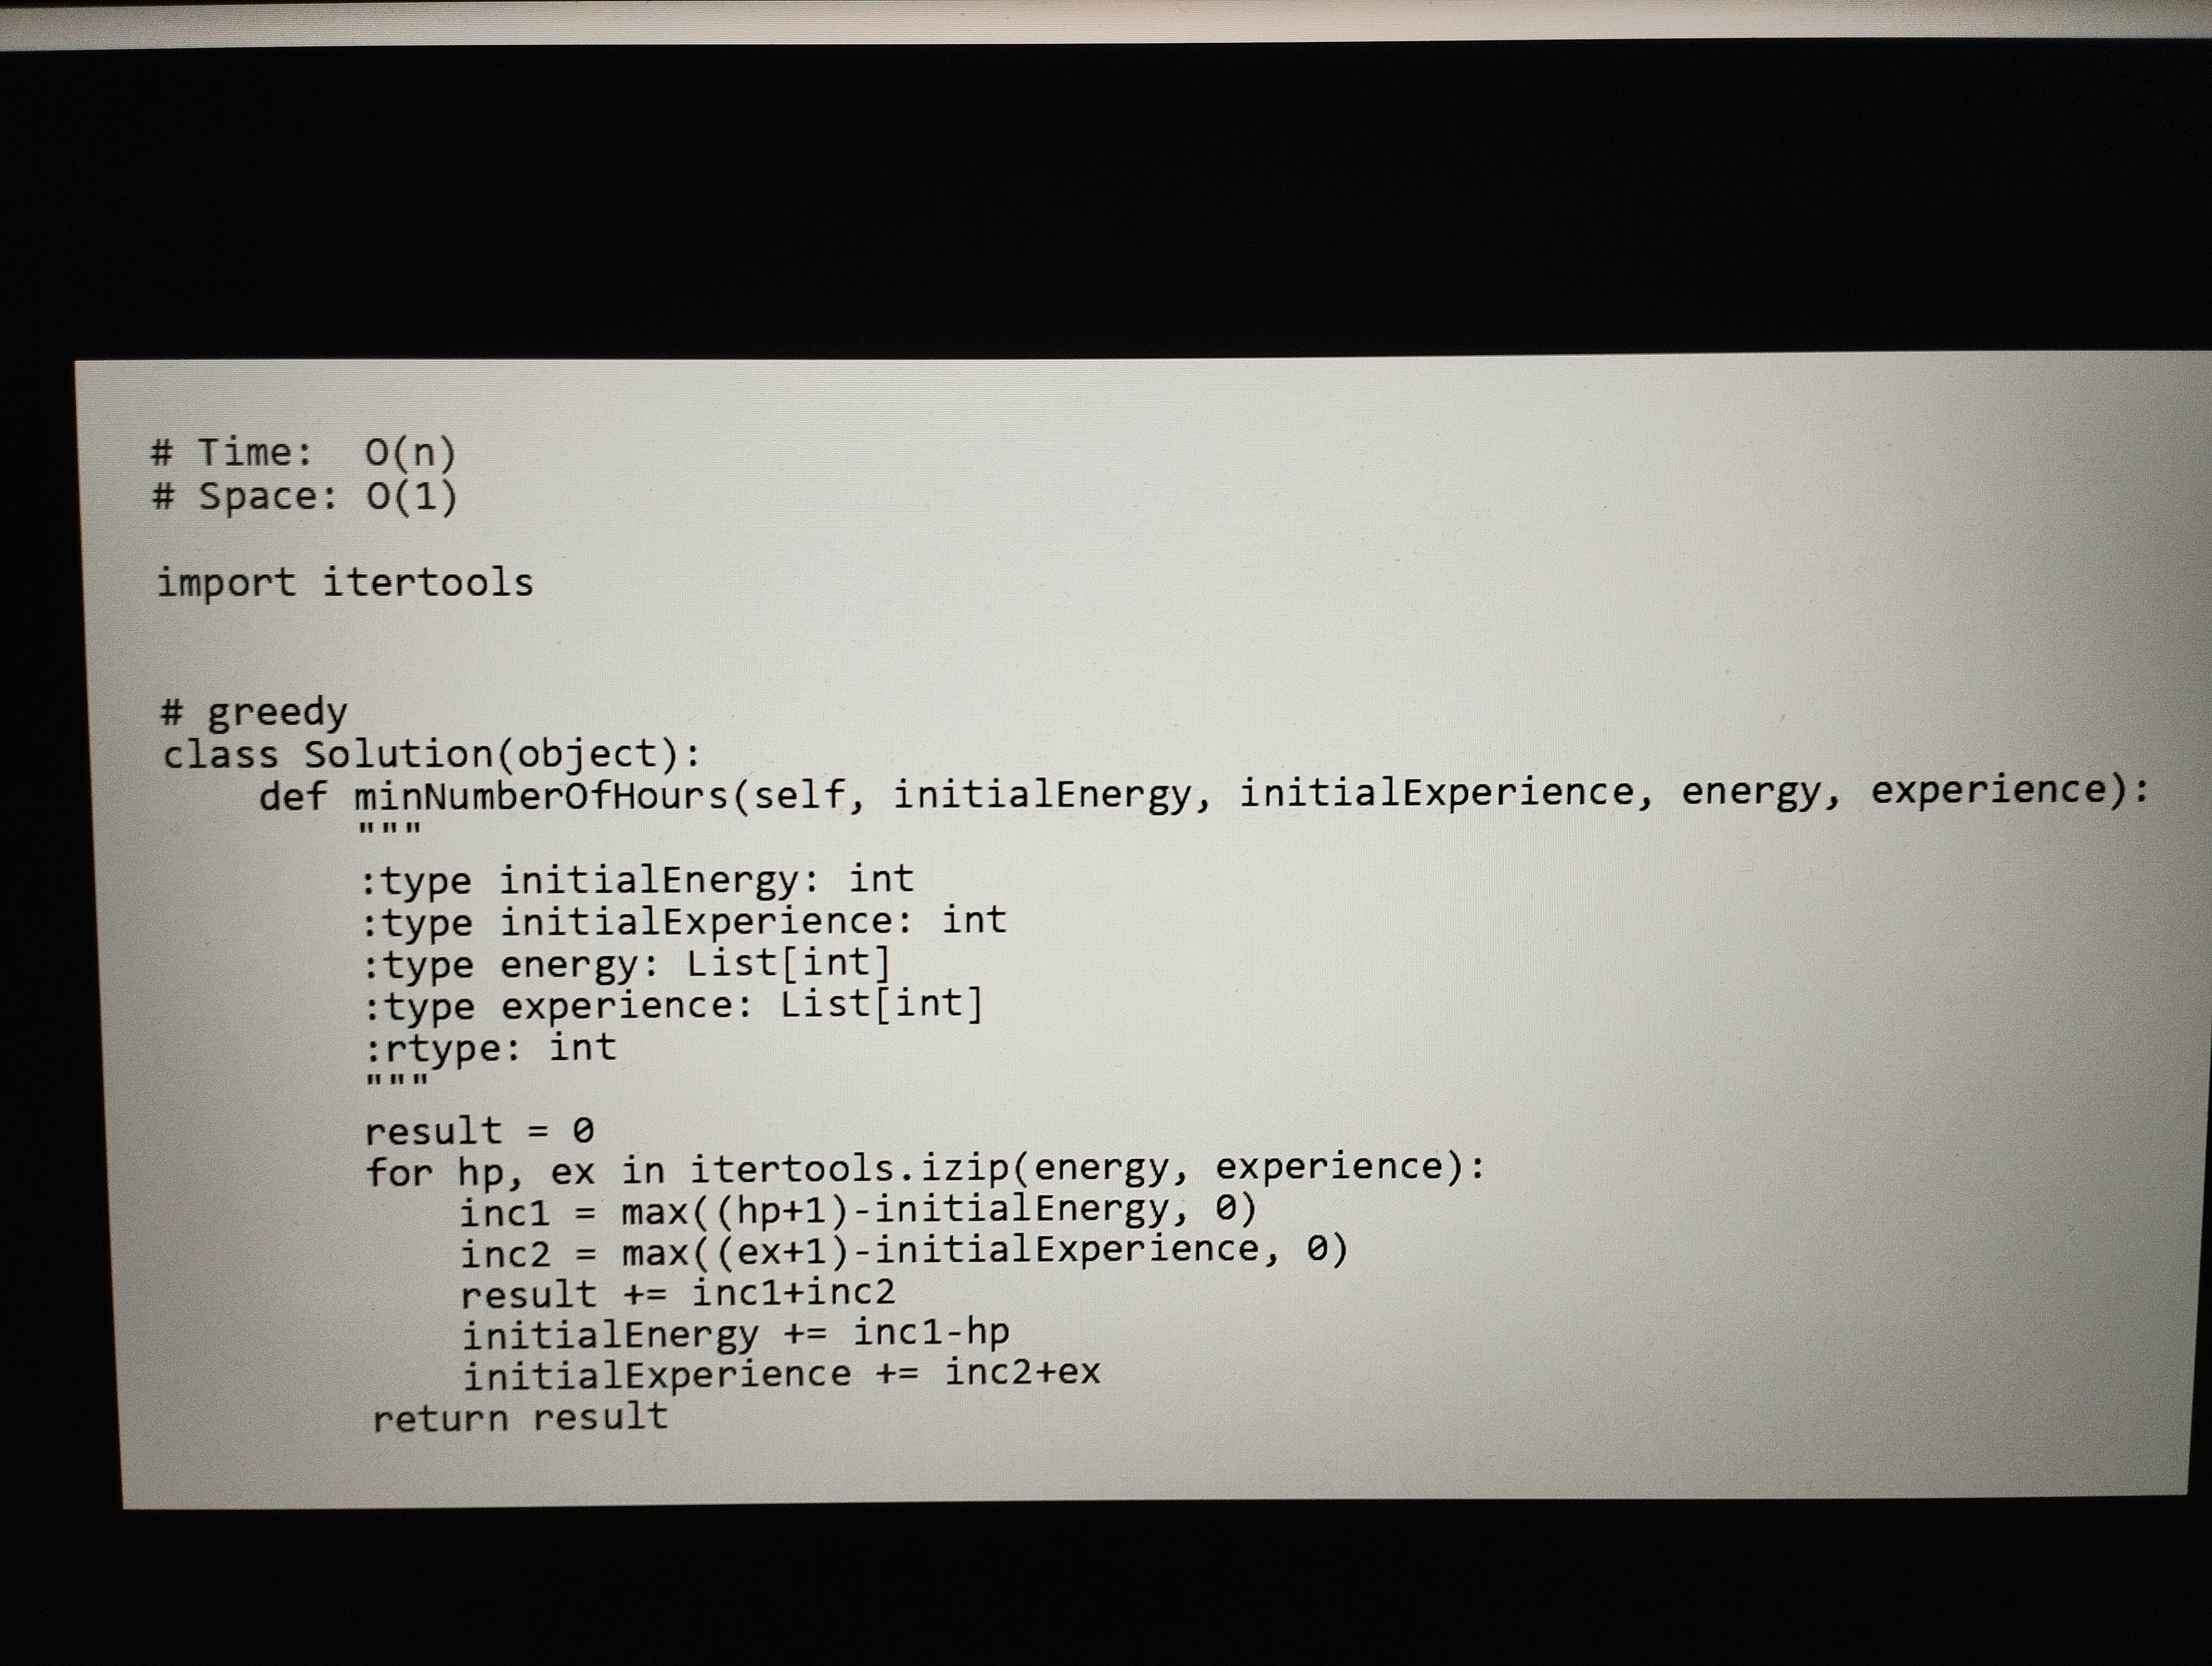
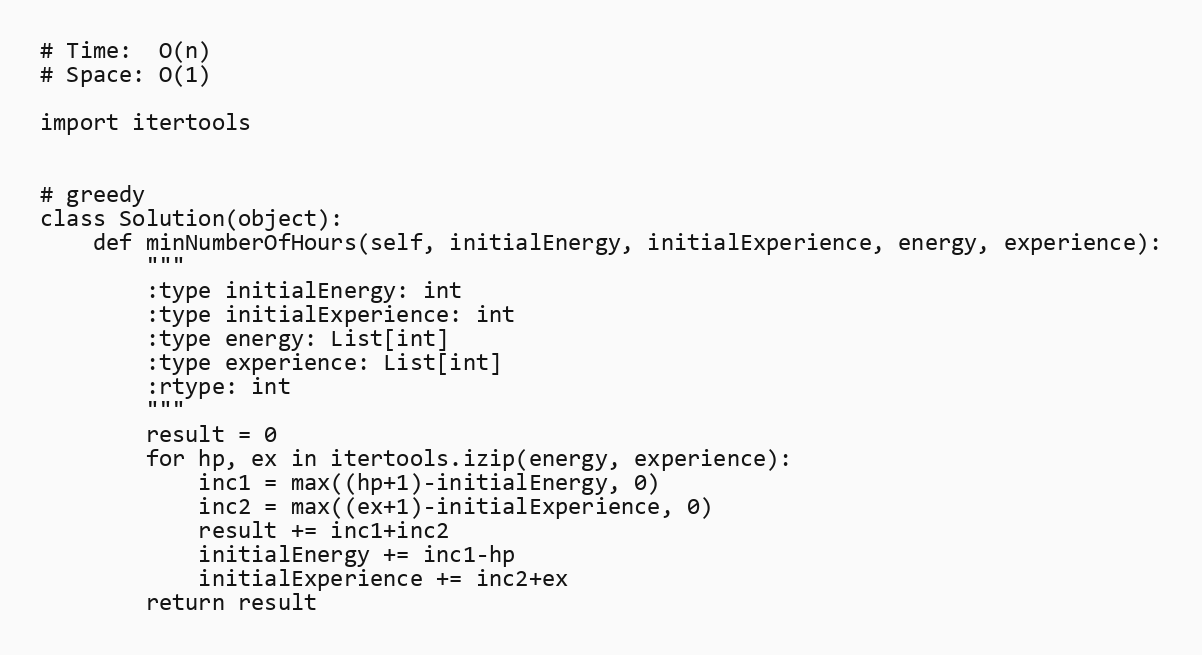
# Time:  O(n)
# Space: O(1)

import itertools

# greedy
class Solution(object):
    def minNumberOfHours(self, initialEnergy, initialExperience, energy, experience):
        """
        :type initialEnergy: int
        :type initialExperience: int
        :type energy: List[int]
        :type experience: List[int]
        :rtype: int
        """
        result = 0
        for hp, ex in itertools.izip(energy, experience):
            inc1 = max((hp+1)-initialEnergy, 0)
            inc2 = max((ex+1)-initialExperience, 0)
            result += inc1+inc2
            initialEnergy += inc1-hp
            initialExperience += inc2+ex
        return result